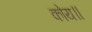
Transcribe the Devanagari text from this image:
कोय॥